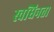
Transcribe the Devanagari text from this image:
स्वधिनता